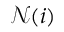
\mathcal { N } ( i )